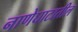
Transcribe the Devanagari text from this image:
नाणेघाटातील